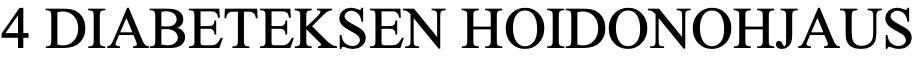
4 DIABETEKSEN  HOIDONOHJAUS